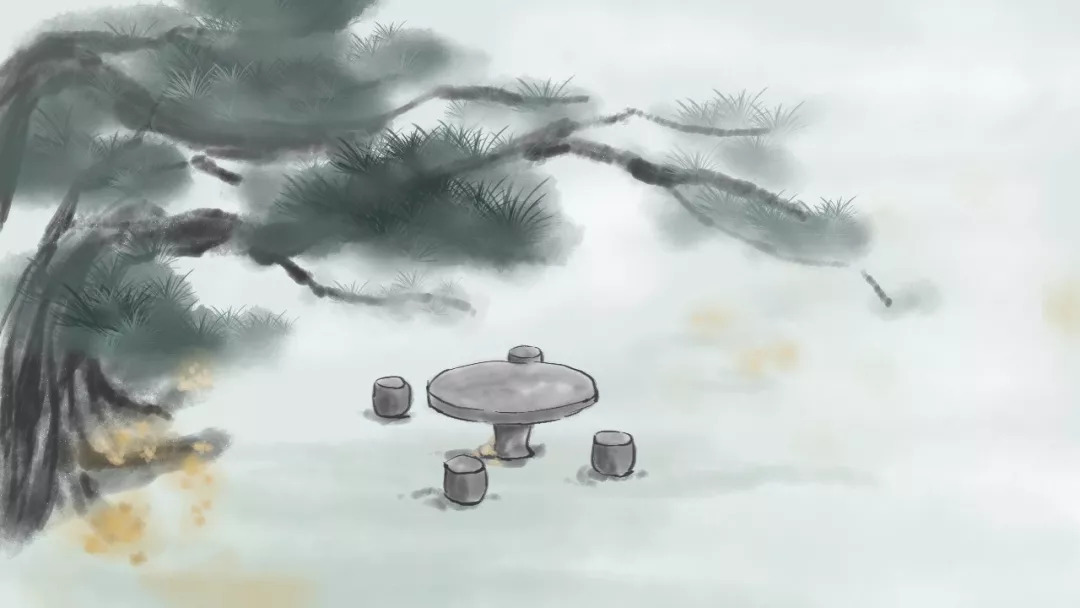
雨中山果落，灯下草虫鸣。